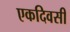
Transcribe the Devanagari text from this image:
एकदिवसी